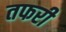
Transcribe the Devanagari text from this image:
तफरी